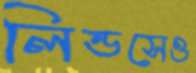
লিন্ডসেও